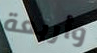
وأربعة